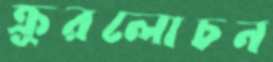
ক্রূরলোচন